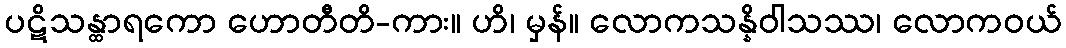
ပဋိသန္ထာရကော ဟောတီတိ-ကား။ ဟိ၊ မှန်။ လောကသန္နိဝါသဿ၊ လောကဝယ်